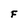
Character: F